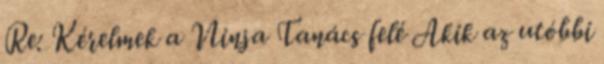
Re: Kérelmek a Ninja Tanács felé Akik az utóbbi